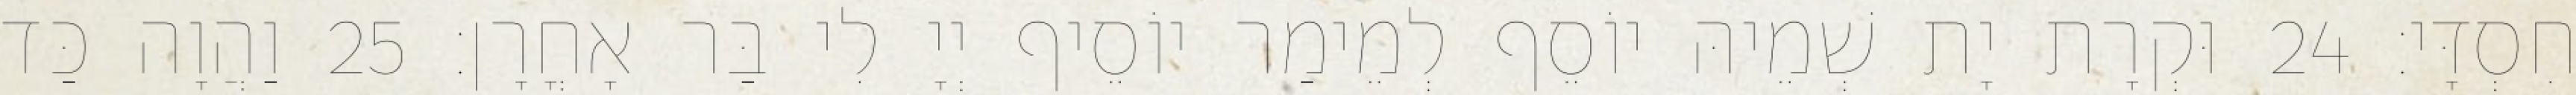
חִסְדָּי׃ 24 וּקְרָת יָת שְׁמֵיהּ יוֹסֵף לְמֵימַר יוֹסֵיף יְיָ לִי בַּר אָחֳרָן׃ 25 וַהֲוָה כַּד